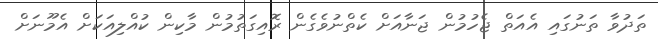
ތަދުވާ ތަނުގައި އެއަތް ޖެހުމުން ޖަނާއަށް ކެތްނުވެގެން ރޮއިގަތުމުން މާކިން ކުއްލިއަކަށް އެމޫނަށް